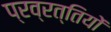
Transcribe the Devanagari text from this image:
प्रव्रत्तियों